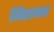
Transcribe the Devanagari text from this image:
मिताचार